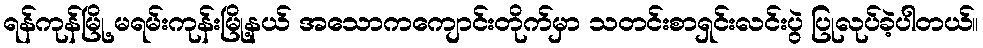
ရန်ကုန်မြို့ မရမ်းကုန်းမြို့နယ် အသောကကျောင်းတိုက်မှာ သတင်းစာရှင်းလင်းပွဲ ပြုလုပ်ခဲ့ပါတယ်။